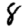
Digit: 8